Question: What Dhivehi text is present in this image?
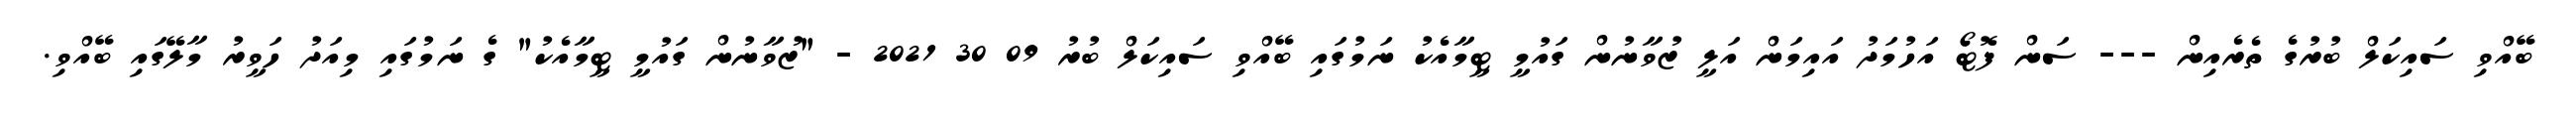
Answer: ބޭއްވި ސައިކަލް ބުރުގެ ތެރެއިން --- ސަން ފޮޓޯ އަހުމަދު އައިމަން އަލީ ޒުވާނުން ގައުމީ ޓީމާއެކު ނަމުގައި ބޭއްވި ސައިކަލް ބުރު 09 30 2021 - "ޒުވާނުން ގައުމީ ޓީމާއެކު" ގެ ނަމުގައި މިއަދު ހަވީރު މާލޭގައި ބޭއްވި.